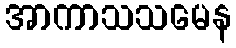
အာကာသသမေန